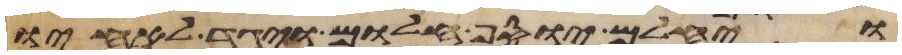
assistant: ויחלם יוסף חלום ויגד לאחיו